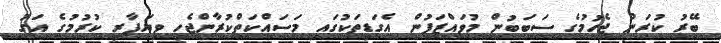
ބޭރު ކުރަން ޖެހުމުގެ ސަބަބުން މުވައްޒަފުން އެގަޑިތަކުގައި މަސައްކަތްކުރާންޖެހި ވިޔަފާރި ކުރުމުގެ އަގު